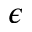
\epsilon